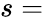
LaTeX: s=